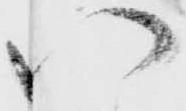
い